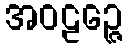
အဝဠဉ္ဇေ